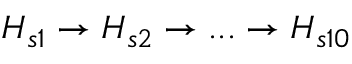
H _ { s 1 } \rightarrow H _ { s 2 } \rightarrow . . . \rightarrow H _ { s 1 0 }